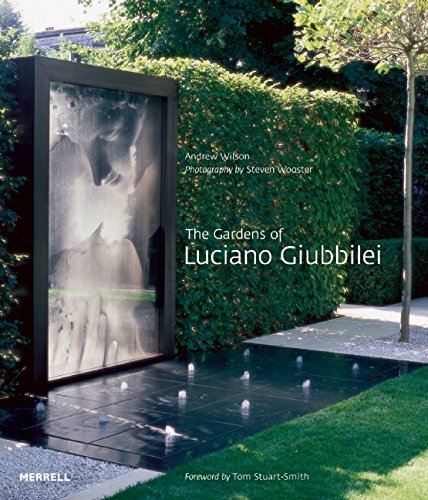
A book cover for The Gardens of Luciano Giubbilei; Andrew Wilson; Crafts, Hobbies & Home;